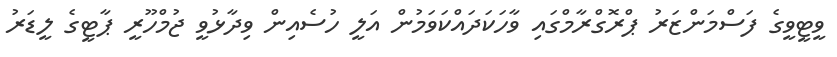
ވީޓީވީގެ ފަސްމަންޒަރު ޕްރޮގްރާމްގައި ވާހަކަދައްކަވަމުން އަލީ ހުސެއިން ވިދާޅުވީ ޖުމްހޫރީ ޕާޓީގެ ލީޑަރު